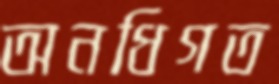
অনধিগত